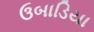
ઉબાડિયા